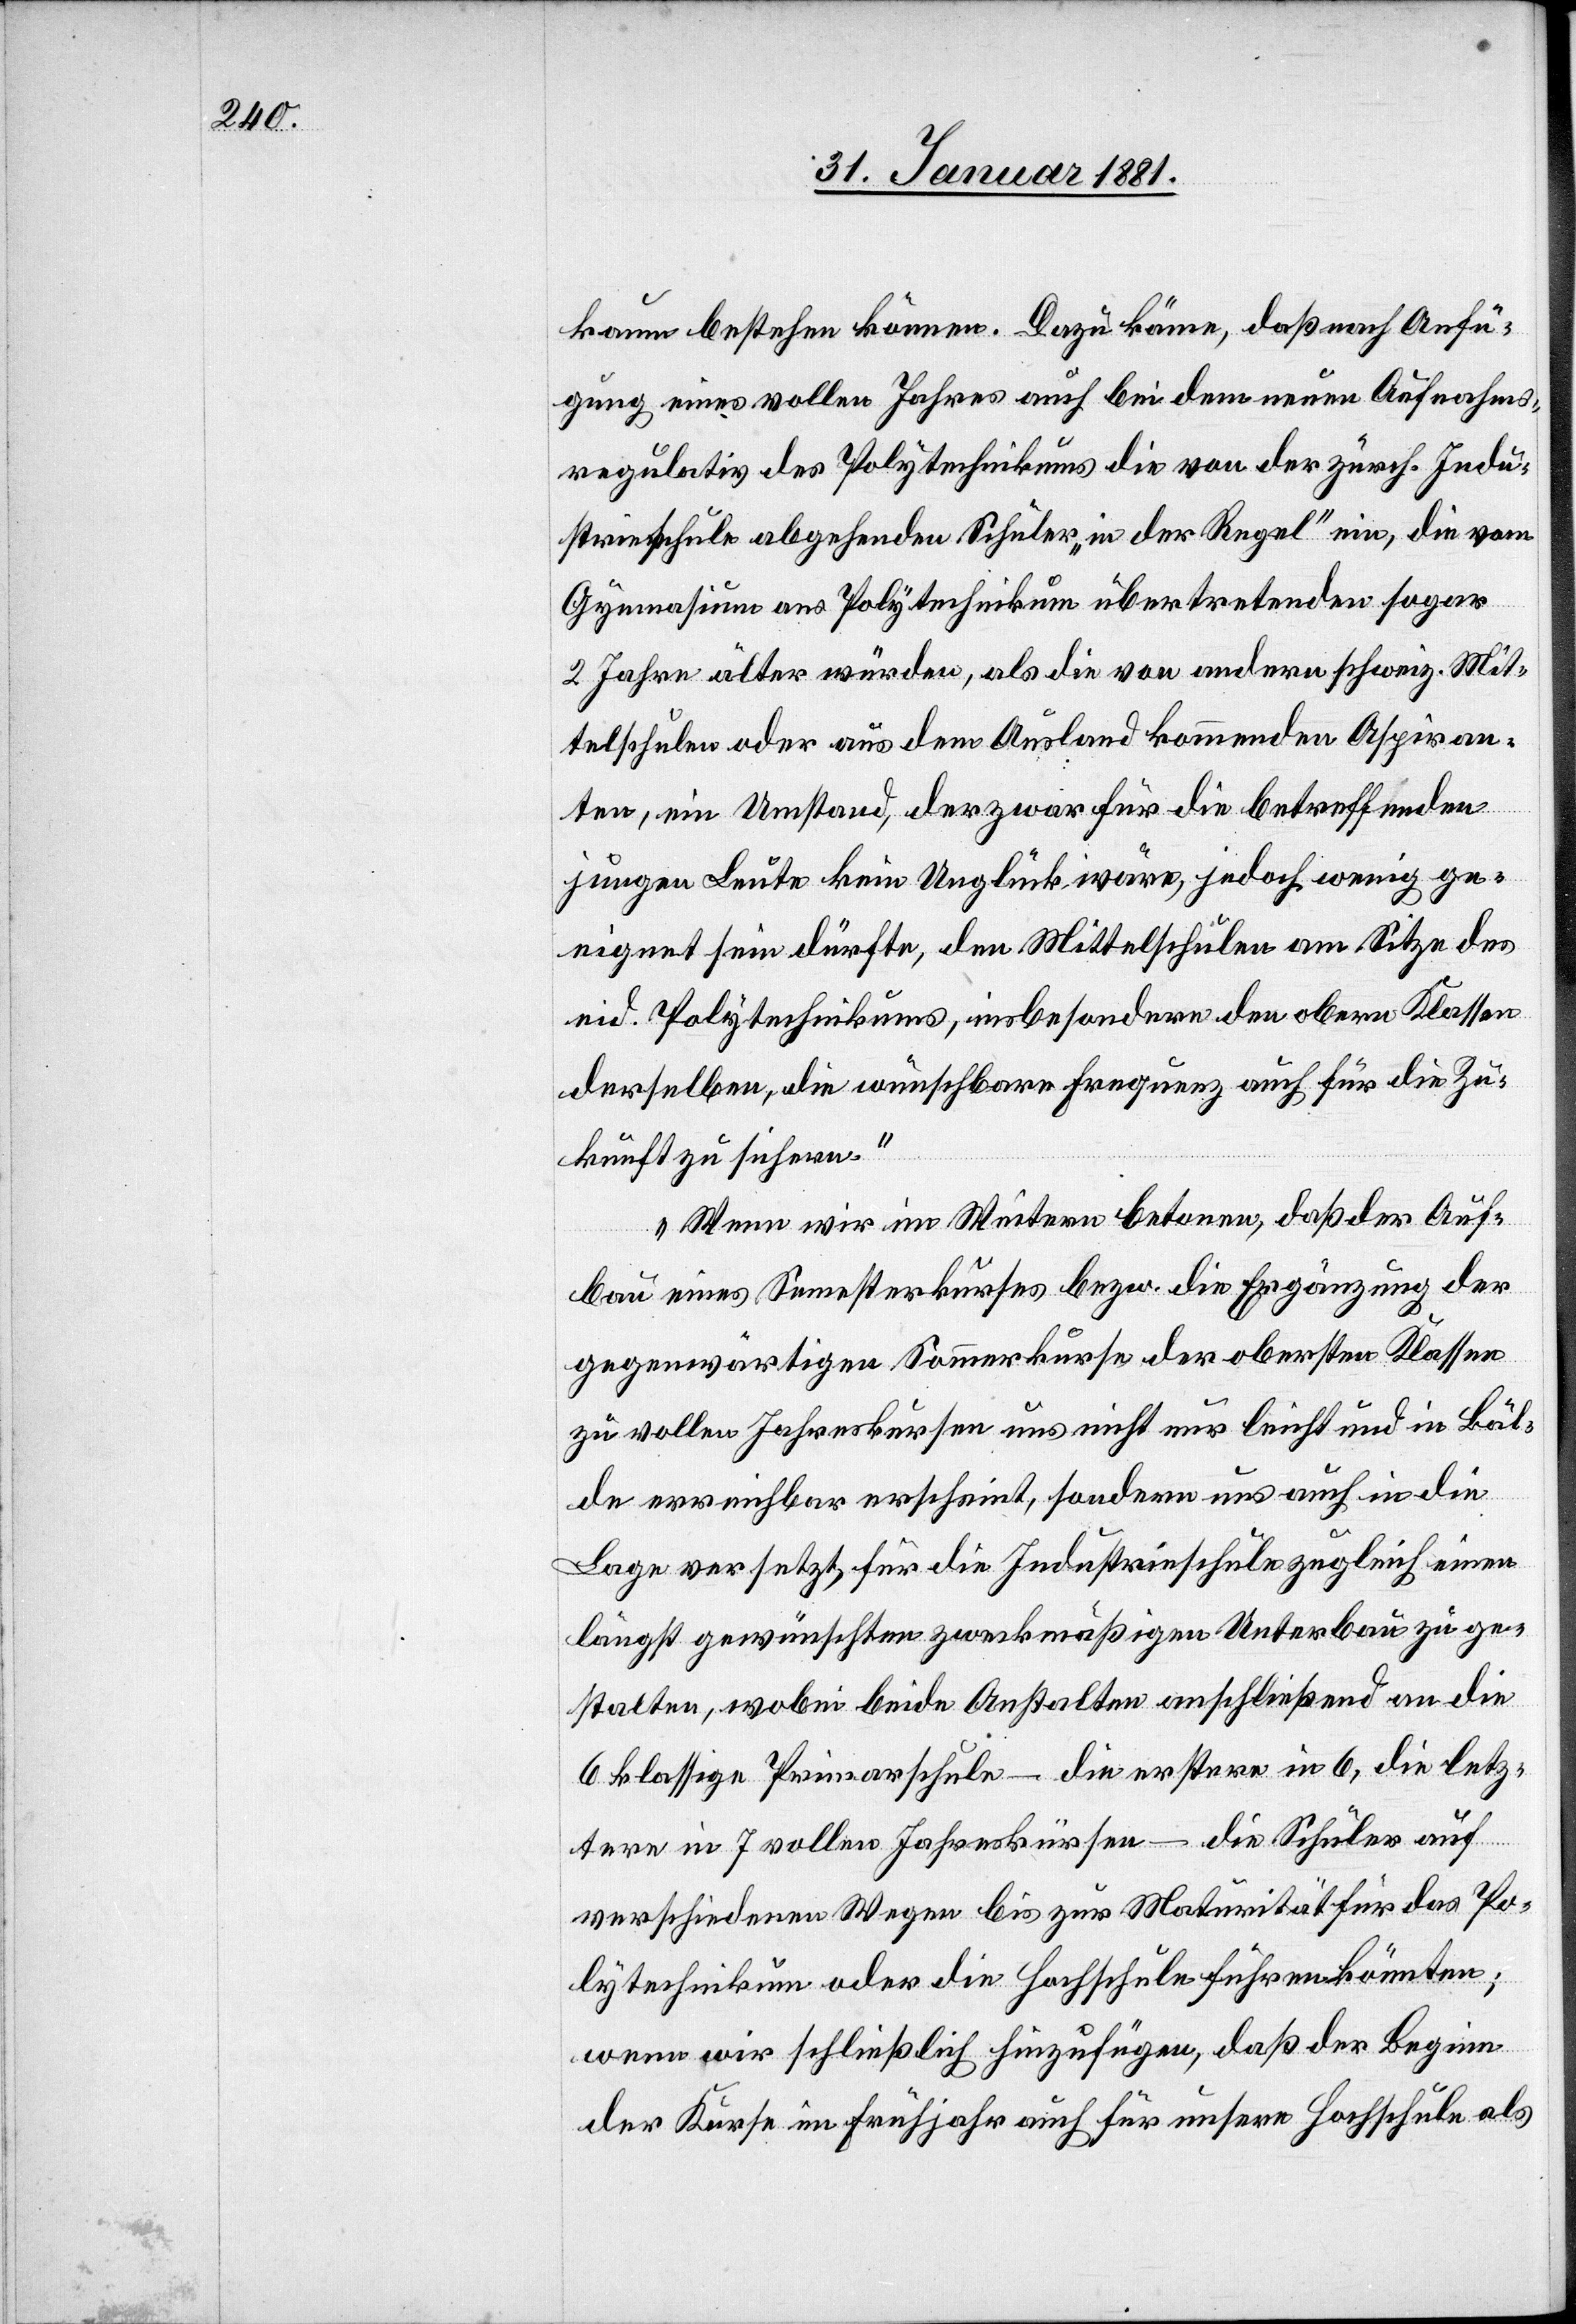
kaum bestehen können. Dazu käme, daß nach Anfü¬
gung eines vollen Jahres auch bei dem neuen Aufnahms¬
regulativ des Polytechnikums die von der zürch. Indu¬
strieschule abgehenden Schüler „in der Regel“ ein, die vom
Gymnasium ans Polytechnikum übertretenden Sogar
2 Jahre älter würden, als die von andern schweiz. Mit¬
telschulen oder aus dem Ausland kommenden Aspiran¬
ten, ein Umstand, der zwar für die betreffenden
jungen Leute kein Unglück wäre, jedoch wenig ge¬
eignet sein dürfte, den Mittelschulen am Sitze des
eid. Polytechnikums, insbesondere den obern Klassen
derselben, die wünschbare Frequenz auch für die Zu¬
kunft zu sichern.“
„Wenn wir im Weitern betonen, daß der Auf¬
bau eines Semesterkurses bezw. die Ergänzung der
gegenwärtigen Sommerkurse uns nicht nur leicht
Bälde erreichbar erscheint, sondern uns auch in die
Lage versetzt, für die Industrieschule zugleich einen
längst gewünschten zweckmäßigen Unterbau zu ge¬
stalten, wobei beide Anstalten anschließend an die
6 klassige Primarschule – die erstere in 6, die letz¬
tern in 7 vollen Jahreskürsen – die Schüler auf
verschiedenen Wegen bis zur Maturität für das Po¬
lytechnikum oder die Hochschule führen könnten;
wenn wir schließlich hinzufügen, daß der Beginn
der Kurse im Frühjahr auch für unsere Hochschule als